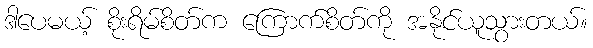
ဒါပေမယ့် စိုးရိမ်စိတ်က ကြောက်စိတ်ကို အနိုင်ယူသွားတယ်။